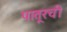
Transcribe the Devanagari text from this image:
पातूरची